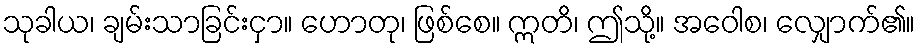
သုခါယ၊ ချမ်းသာခြင်းငှာ။ ဟောတု၊ ဖြစ်စေ။ ဣတိ၊ ဤသို့။ အဝေါစ၊ လျှောက်၏။